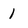
Character: 1